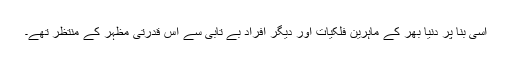
اسی بنا پر دنیا بھر کے ماہرِین فلکیات اور دیگر افراد بے تابی سے اس قدرتی مظہر کے منتظر تھے۔